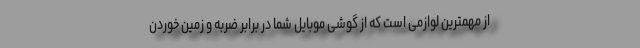
از مهمترین لوازمی است که از گوشی موبایل شما در برابر ضربه و زمین خوردن